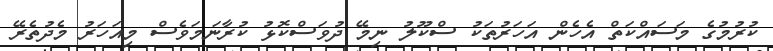
ކުރުމުގެ މަސައްކަތް އެހެން އަހަރުތަކު ސްކޫލު ނިމޭ ދުވަސްކޮޅު ކުރާނަމަވެސް މިއަހަރު މެދުތެރޭ